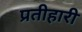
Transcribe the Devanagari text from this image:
प्रतीहारी